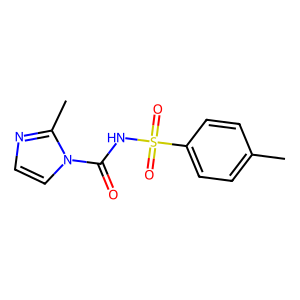
SMILES: Cc1ccc(S(=O)(=O)NC(=O)n2ccnc2C)cc1
Inhibits HIV replication: No